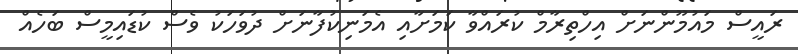
ރައީސް މައުމޫންނަށް އިހްތިރާމް ކުރައްވާ ކަމަށާއި އެމަނިކުފާނަށް ދުވަހަކު ވެސް ކުޑައިމީސް ބަހެއް